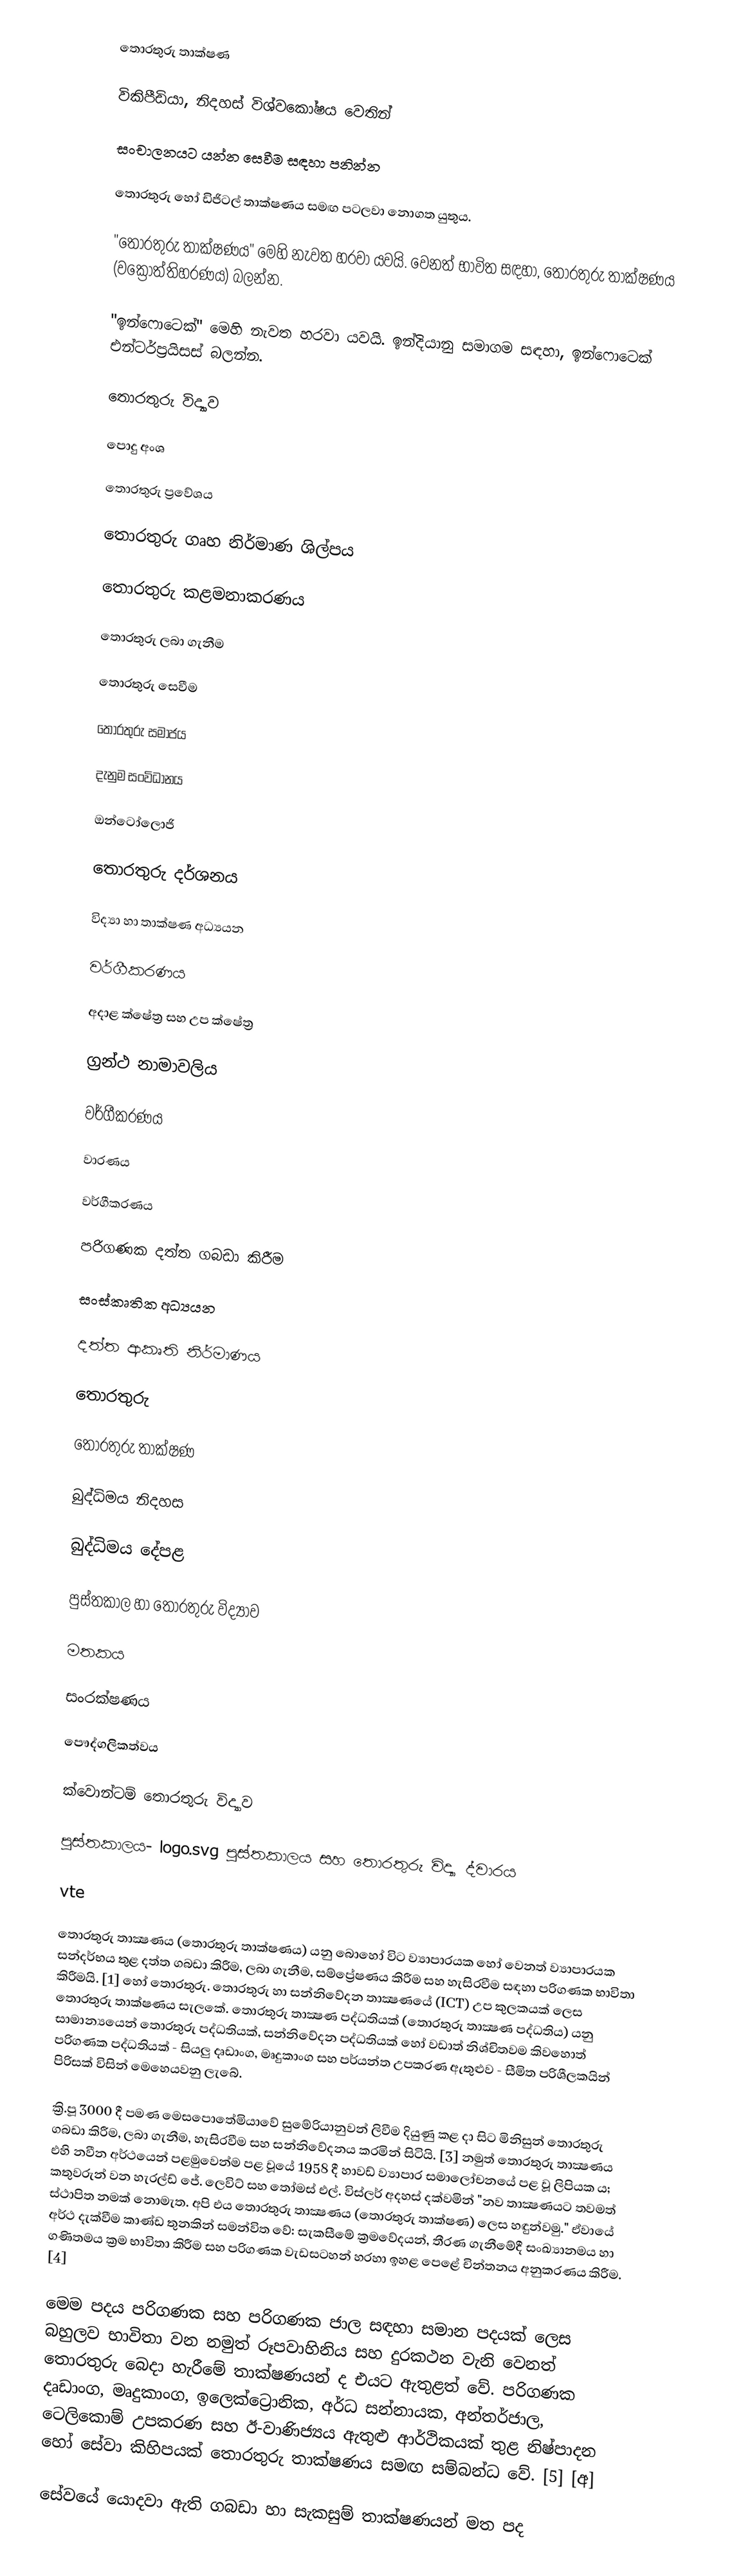
තොරතුරු තාක්ෂණ

විකිපීඩියා, නිදහස් විශ්වකෝෂය වෙතින්

සංචාලනයට යන්න සෙවීම සඳහා පනින්න

තොරතුරු හෝ ඩිජිටල් තාක්ෂණය සමඟ පටලවා නොගත යුතුය.

"තොරතුරු තාක්ෂණය" මෙහි නැවත හරවා යවයි. වෙනත් භාවිත සඳහා, තොරතුරු තාක්ෂණය (වක්‍රෝත්තිහරණය) බලන්න.

"ඉන්ෆොටෙක්" මෙහි නැවත හරවා යවයි. ඉන්දියානු සමාගම සඳහා, ඉන්ෆොටෙක් එන්ටර්ප්‍රයිසස් බලන්න.

තොරතුරු විද්‍යාව

පොදු අංශ

තොරතුරු ප්‍රවේශය

තොරතුරු ගෘහ නිර්මාණ ශිල්පය

තොරතුරු කළමනාකරණය

තොරතුරු ලබා ගැනීම

තොරතුරු සෙවීම

තොරතුරු සමාජය

දැනුම සංවිධානය

ඔන්ටෝලොජි

තොරතුරු දර්ශනය

විද්‍යා හා තාක්ෂණ අධ්‍යයන

වර්ගීකරණය

අදාළ ක්ෂේත්‍ර සහ උප ක්ෂේත්‍ර

ග්‍රන්ථ නාමාවලිය

වර්ගීකරණය

වාරණය

වර්ගීකරණය

පරිගණක දත්ත ගබඩා කිරීම

සංස්කෘතික අධ්‍යයන

දත්ත ආකෘති නිර්මාණය

තොරතුරු

තොරතුරු තාක්ෂණ

බුද්ධිමය නිදහස

බුද්ධිමය දේපළ

පුස්තකාල හා තොරතුරු විද්‍යාව

මතකය

සංරක්ෂණය

පෞද්ගලිකත්වය

ක්වොන්ටම් තොරතුරු විද්‍යාව

පුස්තකාලය- logo.svg පුස්තකාලය සහ තොරතුරු විද්‍යා ද්වාරය

vte

තොරතුරු තාක්‍ෂණය (තොරතුරු තාක්ෂණය) යනු බොහෝ විට ව්‍යාපාරයක හෝ වෙනත් ව්‍යාපාරයක සන්දර්භය තුළ දත්ත ගබඩා කිරීම, ලබා ගැනීම, සම්ප්‍රේෂණය කිරීම සහ හැසිරවීම සඳහා පරිගණක භාවිතා කිරීමයි. [1] හෝ තොරතුරු. තොරතුරු හා සන්නිවේදන තාක්‍ෂණයේ (ICT) උප කුලකයක් ලෙස තොරතුරු තාක්ෂණය සැලකේ. තොරතුරු තාක්‍ෂණ පද්ධතියක් (තොරතුරු තාක්‍ෂණ පද්ධතිය) යනු සාමාන්‍යයෙන් තොරතුරු පද්ධතියක්, සන්නිවේදන පද්ධතියක් හෝ වඩාත් නිශ්චිතවම කිවහොත් පරිගණක පද්ධතියක් - සියලු දෘඩාංග, මෘදුකාංග සහ පර්යන්ත උපකරණ ඇතුළුව - සීමිත පරිශීලකයින් පිරිසක් විසින් මෙහෙයවනු ලැබේ.

ක්‍රි.පූ 3000 දී පමණ මෙසපොතේමියාවේ සුමේරියානුවන් ලිවීම දියුණු කළ දා සිට මිනිසුන් තොරතුරු ගබඩා කිරීම, ලබා ගැනීම, හැසිරවීම සහ සන්නිවේදනය කරමින් සිටියි. [3] නමුත් තොරතුරු තාක්‍ෂණය එහි නවීන අර්ථයෙන් පළමුවෙන්ම පළ වූයේ 1958 දී හාවඩ් ව්‍යාපාර සමාලෝචනයේ පළ වූ ලිපියක ය; කතුවරුන් වන හැරල්ඩ් ජේ. ලෙවිට් සහ තෝමස් එල්. විස්ලර් අදහස් දක්වමින් "නව තාක්‍ෂණයට තවමත් ස්ථාපිත නමක් නොමැත. අපි එය තොරතුරු තාක්‍ෂණය (තොරතුරු තාක්ෂණ) ලෙස හඳුන්වමු." ඒවායේ අර්ථ දැක්වීම කාණ්ඩ තුනකින් සමන්විත වේ: සැකසීමේ ක්‍රමවේදයන්, තීරණ ගැනීමේදී සංඛ්‍යානමය හා ගණිතමය ක්‍රම භාවිතා කිරීම සහ පරිගණක වැඩසටහන් හරහා ඉහළ පෙළේ චින්තනය අනුකරණය කිරීම. [4]

මෙම පදය පරිගණක සහ පරිගණක ජාල සඳහා සමාන පදයක් ලෙස බහුලව භාවිතා වන නමුත් රූපවාහිනිය සහ දුරකථන වැනි වෙනත් තොරතුරු බෙදා හැරීමේ තාක්ෂණයන් ද එයට ඇතුළත් වේ. පරිගණක දෘඩාංග, මෘදුකාංග, ඉලෙක්ට්‍රොනික, අර්ධ සන්නායක, අන්තර්ජාල, ටෙලිකොම් උපකරණ සහ ඊ-වාණිජ්‍යය ඇතුළු ආර්ථිකයක් තුළ නිෂ්පාදන හෝ සේවා කිහිපයක් තොරතුරු තාක්ෂණය සමඟ සම්බන්ධ වේ. [5] [අ]

සේවයේ යොදවා ඇති ගබඩා හා සැකසුම් තාක්ෂණයන් මත පද